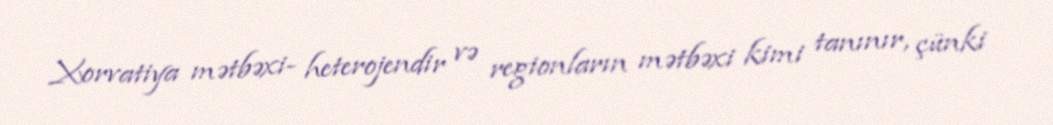
Xorvatiya mətbəxi- heterojendir və regionların mətbəxi kimi tanınır, çünki